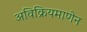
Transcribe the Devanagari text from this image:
अविक्रियमाणेन